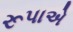
રૂપાએ